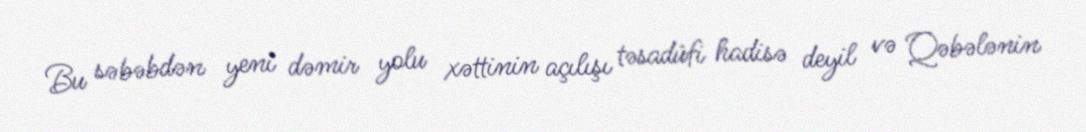
Bu səbəbdən yeni dəmir yolu xəttinin açılışı təsadüfi hadisə deyil və Qəbələnin